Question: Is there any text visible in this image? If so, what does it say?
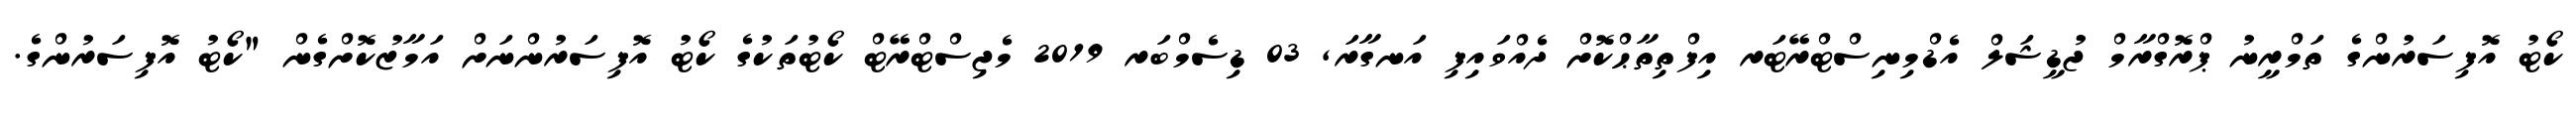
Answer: ކޯޓު އޮފިސަރުންގެ ތަމްރީނު ޕްރޮގްރާމް ޖުޑީޝަލް އެޑްމިނިސްޓްރޭޓަރ އިފްތިތާޙްކޮށް ދެއްވައިފި އަނގާރަ, 03 ޑިސެމްބަރ 2019 މެޖިސްޓްރޭޓް ކޯޓުތަކުގެ ކޯޓު އޮފިސަރުންނަށް އަމާޒުކޮށްގެން "ކޯޓު އޮފިސަރުންގެ.